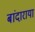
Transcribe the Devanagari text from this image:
बांदाराया